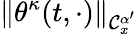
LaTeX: \| \theta^{\kappa}(t,\cdot)\| _{\mathcal{C}_{x}^{\alpha^{\prime}}}